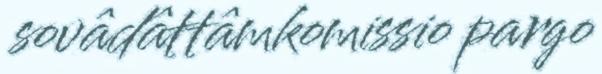
sovâdâttâmkomissio pargo